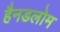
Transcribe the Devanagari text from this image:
हैनडलोम